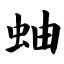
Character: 蚰